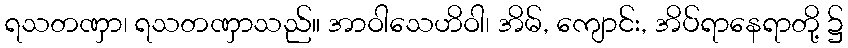
ရသတဏှာ၊ ရသတဏှာသည်။ အာဝါသေဟိဝါ၊ အိမ်, ကျောင်း, အိပ်ရာနေရာတို့ ၌